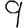
Digit: 9